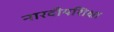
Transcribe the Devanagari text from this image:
नारदीयशिक्षा